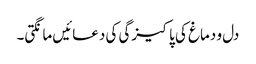
دل و دماغ کی پاکیزگی کی دعائیں مانگتی۔